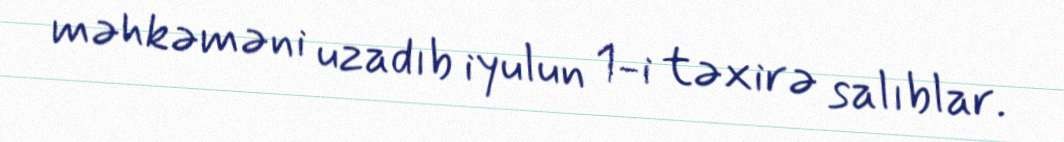
məhkəməni uzadıb iyulun 1-i təxirə salıblar.